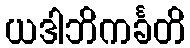
ယဒါဘိကင်္ခတိ